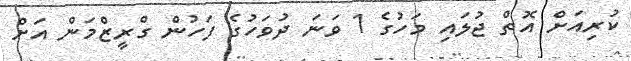
ކުރިއަށް އޮތް ޖުލައި މަހުގެ 1 ވަނަ ދުވަހުގެ ފަހުން ގްރީޒްމަން އަށް